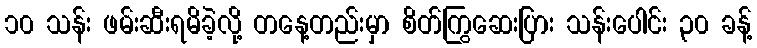
၁၀ သန်း ဖမ်းဆီးရမိခဲ့လို့ တနေ့တည်းမှာ စိတ်ကြွဆေးပြား သန်းပေါင်း ၃၀ ခန့်